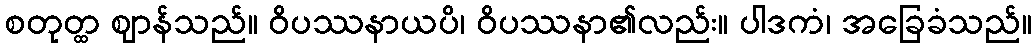
စတုတ္ထ ဈာန်သည်။ ဝိပဿနာယပိ၊ ဝိပဿနာ၏လည်း။ ပါဒကံ၊ အခြေခံသည်။